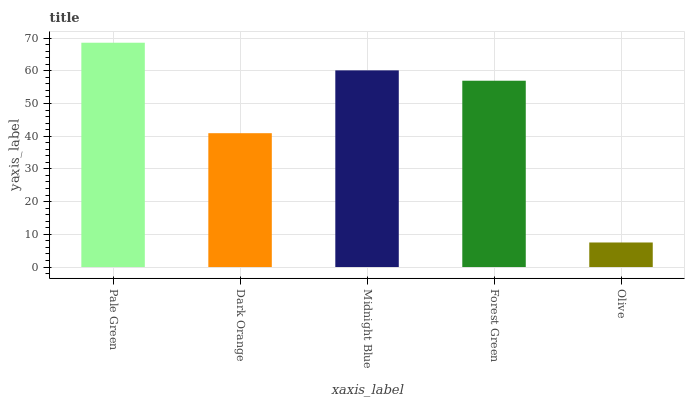
| xaxis_label | bars |
 | --- | --- |
 | Pale Green | 68.6 |
 | Dark Orange | 40.9 |
 | Midnight Blue | 60.1 |
 | Forest Green | 56.9 |
 | Olive | 7.5 |